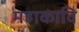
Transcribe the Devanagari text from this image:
महाकावि